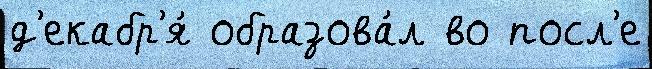
д'екабр'я́ образова́л во посл'е